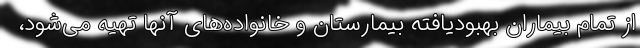
از تمام بیماران بهبودیافته بیمارستان و خانواده‌های آنها تهیه می‌شود،